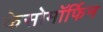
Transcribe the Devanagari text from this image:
केसोमॉर्फिन